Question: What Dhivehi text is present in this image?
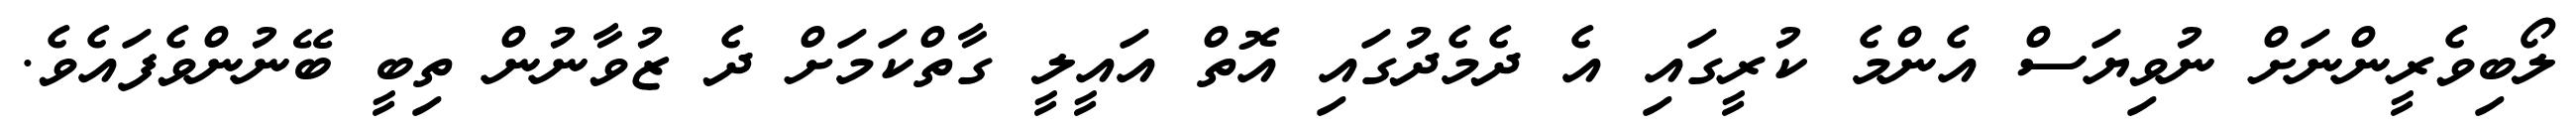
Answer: ލޯބިވެރީންނަށް ނުވިޔަސް އެންމެ ކުރީގައި އެ ދެމެދުގައި އޮތް އައީލީ ގާތްކަމަށް ދެ ޒުވާނުން ތިބީ ބޭނުންވެފައެވެ.